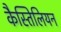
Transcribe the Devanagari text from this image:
कैस्तिलियन